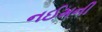
નઈમની